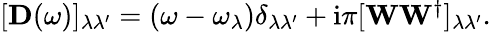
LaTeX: \begin{array}{r}{[\mathbf D(\omega)]_{\lambda\lambda^{\prime}}=(\omega-\omega_{\lambda})\delta_{\lambda\lambda^{\prime}}+\mathrm{i}\pi[\mathbf{W}\mathbf{W}^{\dagger}]_{\lambda\lambda^{\prime}}.}\end{array}